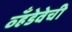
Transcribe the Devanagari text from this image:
व्हँडेवेची